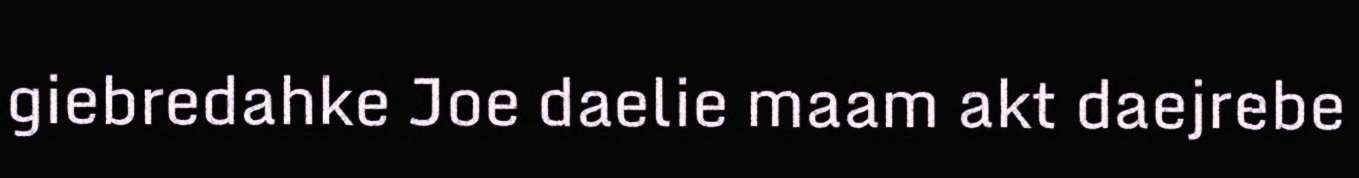
giebredahke Joe daelie maam akt daejrebe